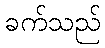
ခက်သည်